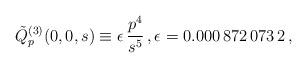
LaTeX: \begin{align*}\tilde{Q}^{(3)}_p(0,0,s)\equiv\epsilon\thinspace{p^4\over s^5}\,,\epsilon =0.000\thinspace872\thinspace073\thinspace 2\,,\end{align*}